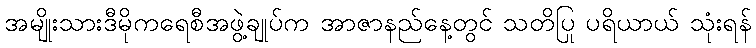
အမျိုးသားဒီမိုကရေစီအဖွဲ့ချုပ်က အာဇာနည်နေ့တွင် သတိပြု ပရိယာယ် သုံးရန်